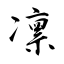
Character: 凛